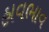
હાવભાવ